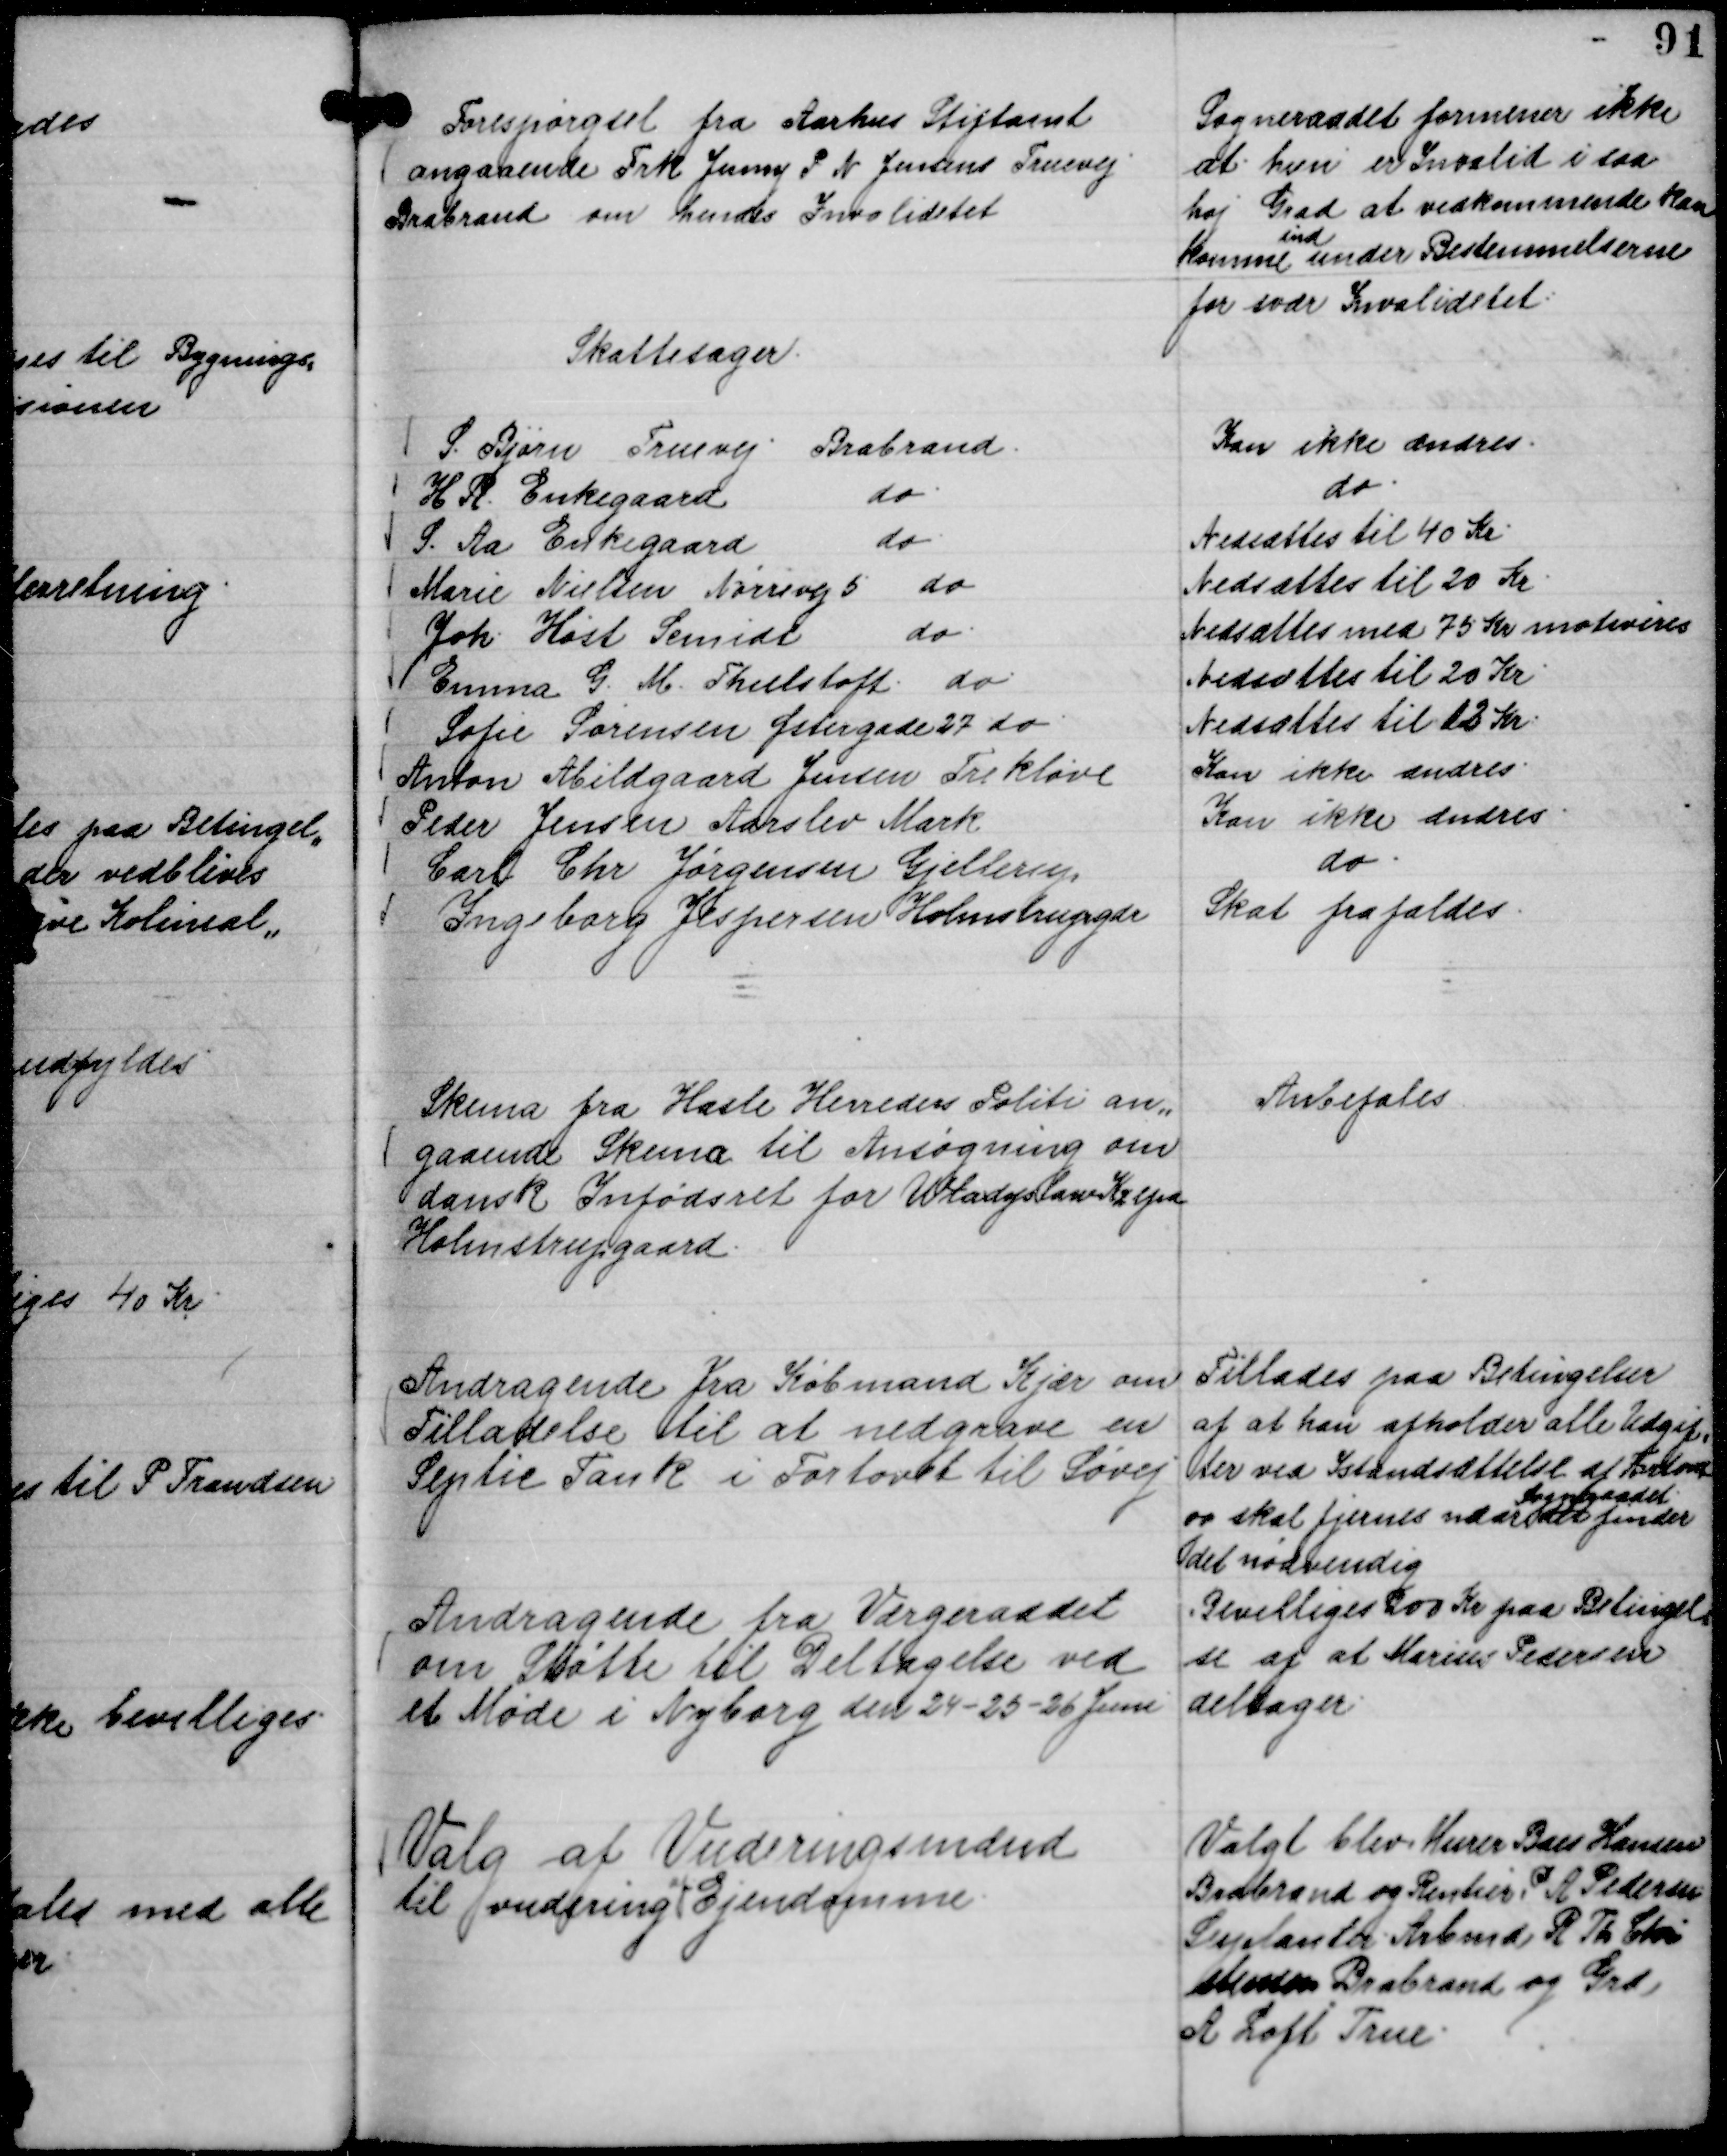
Transskription:
Forespørgsel fra Aarhus Stiftamt
angaaende Frk Jenny P N Jensens Truevej
Brabrand om hendes Invaliditet

Sogneraadet formener ikke
at hun er Invalid i saa
høj Grad at vedkommende kan
komme
ind
under Bestemmelserne
for svær Invaliditet.

Skattesager.
S. Bjørn Truevej Brabrand.
Kan ikke ændres.
H R. Enkegaard
do.
do.
S. Aa Enkegaard
do.
Nedsættes til 40 Kr.
Marie Nielsen Nørrevej 5
do
Nedsættes til 20 Kr.
Joh. Høst Scmidt
do.
Nedsættes med 75 Kr motiveres
Emma G. M. Thielstoft.
do.
Nedsættes til 20 Kr.
Sofie Sørensen Østergade 27 do
Nedsættes til 12 Kr.
Anton Abildgaard Jensen Trekløve
Kan ikke ændres.
Peder Jensen Aarslev Mark
Kan ikke ændres.
Carl Chr Jørgensen Gjellerup
do.
Ingeborg Jespersen Holmstrupgdr
Skat frafaldes.

Skema fra Hasle Herreders Politi an,,
gaaende Skema til Ansøgning om
dansk Infødsret for Wladys Sanes Kelpa
Holmstrupgaard.

Anbefales

Andragende fra Købmand Kjær om
Tilladelse til at nedgrave en
Septic Tank i Fortovet til Søvej

Tillades paa Betingelser
af at han afholder alle Udgif,
ter ved Istandsættelse af Fortovet
og skal fjernes naar det
Sogneraadet
finder
det nødvendig

Andragnde fra Værgeraadet
om Støtte til Deltagelse ved
et Møde i Nyborg den 24 - 25 - 26 Juni

Bevilliges 200 Kr paa Betingel,,
se af at Marius Pedersen
deltager.

Valg af Vurderingsmænd
til vurdering
af
Ejendomme.

Valgt blev Murer Baes Hansen
Brabrand og Rentier P A Pedersen
Suplanter Arbmd R Th Chri
stensen Brabrand og Grd.
A Loft True.